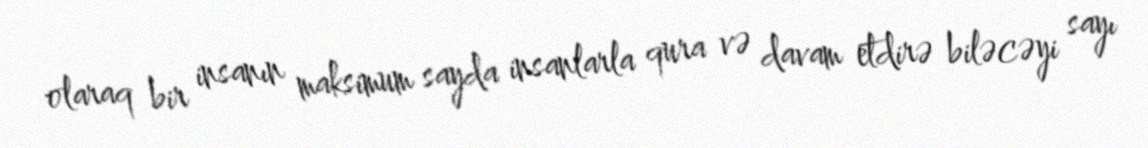
olaraq bir insanın maksimum sayda insanlarla qura və davam etdirə biləcəyi sayı